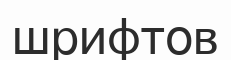
шрифтов